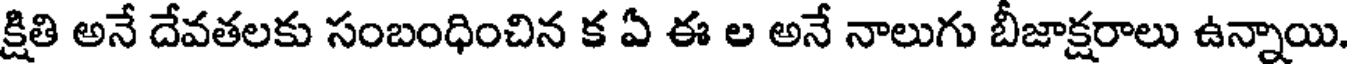
క్షితి అనే దేవతలకు సంబంధించిన క ఏ ఈ ల అనే నాలుగు బీజాక్షరాలు ఉన్నాయి